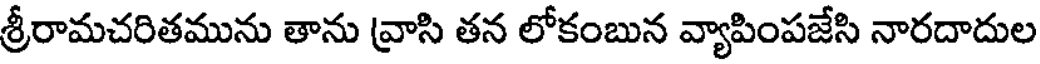
శ్రీరామచరితమును తాను వ్రాసి తన లోకంబున వ్యాపింపజేసి నారదాదుల